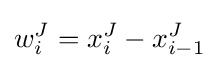
w_{i}^{J}=x_{i}^{J}-x_{i-1}^{J}